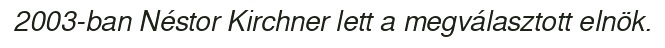
2003-ban Néstor Kirchner lett a megválasztott elnök.